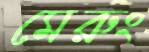
মেরুং